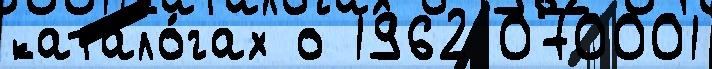
катало́гах о 1962 070001